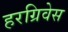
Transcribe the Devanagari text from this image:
हरग्रिवेस